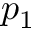
p _ { 1 }